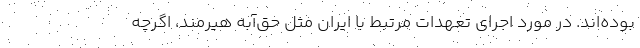
بوده‌اند. در مورد اجرای تعهدات مرتبط با ایران مثل حق‌آبه هیرمند، اگرچه